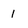
Character: 1